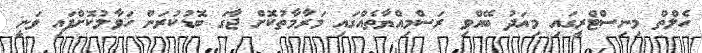
ހެލްތް މިނިސްޓްރީގައި މިއަދު ބޭއްވި ރަސްމިއްޔާތެއްގައި މަރާމާތުކޮށް ޖާގަ ބޮޑުކުރަން ހަވާލުކޮށްފައި ވަނީ